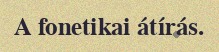
A fonetikai átírás.